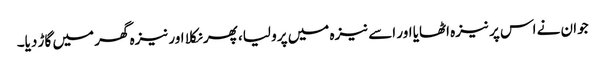
جوان نے اس پر نیزہ اٹھایا اور اسے نیزہ میں پرو لیا، پھر نکلا اور نیزہ گھر میں گاڑ دیا۔